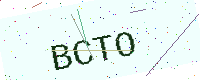
Text: BCTO